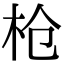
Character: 枪